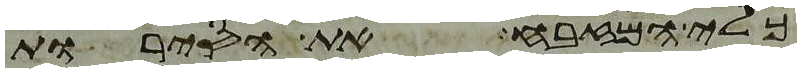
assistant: כלי המזבח את הסירות